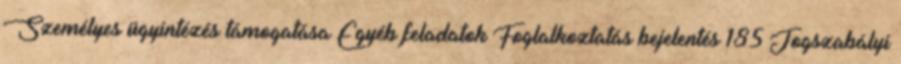
Személyes ügyintézés támogatása Egyéb feladatok Foglalkoztatás bejelentés 185 Jogszabályi